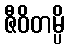
ဇီဝိတမ္ပိ